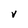
Character: V